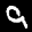
Label: 9